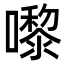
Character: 嚟